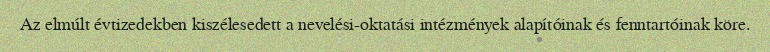
Az elmúlt évtizedekben kiszélesedett a nevelési-oktatási intézmények alapítóinak és fenntartóinak köre.